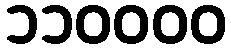
၁၁၀၀၀၀